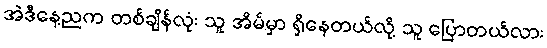
အဲဒီနေ့ညက တစ်ချိန်လုံး သူ အိမ်မှာ ရှိနေတယ်လို့ သူ ပြောတယ်လား